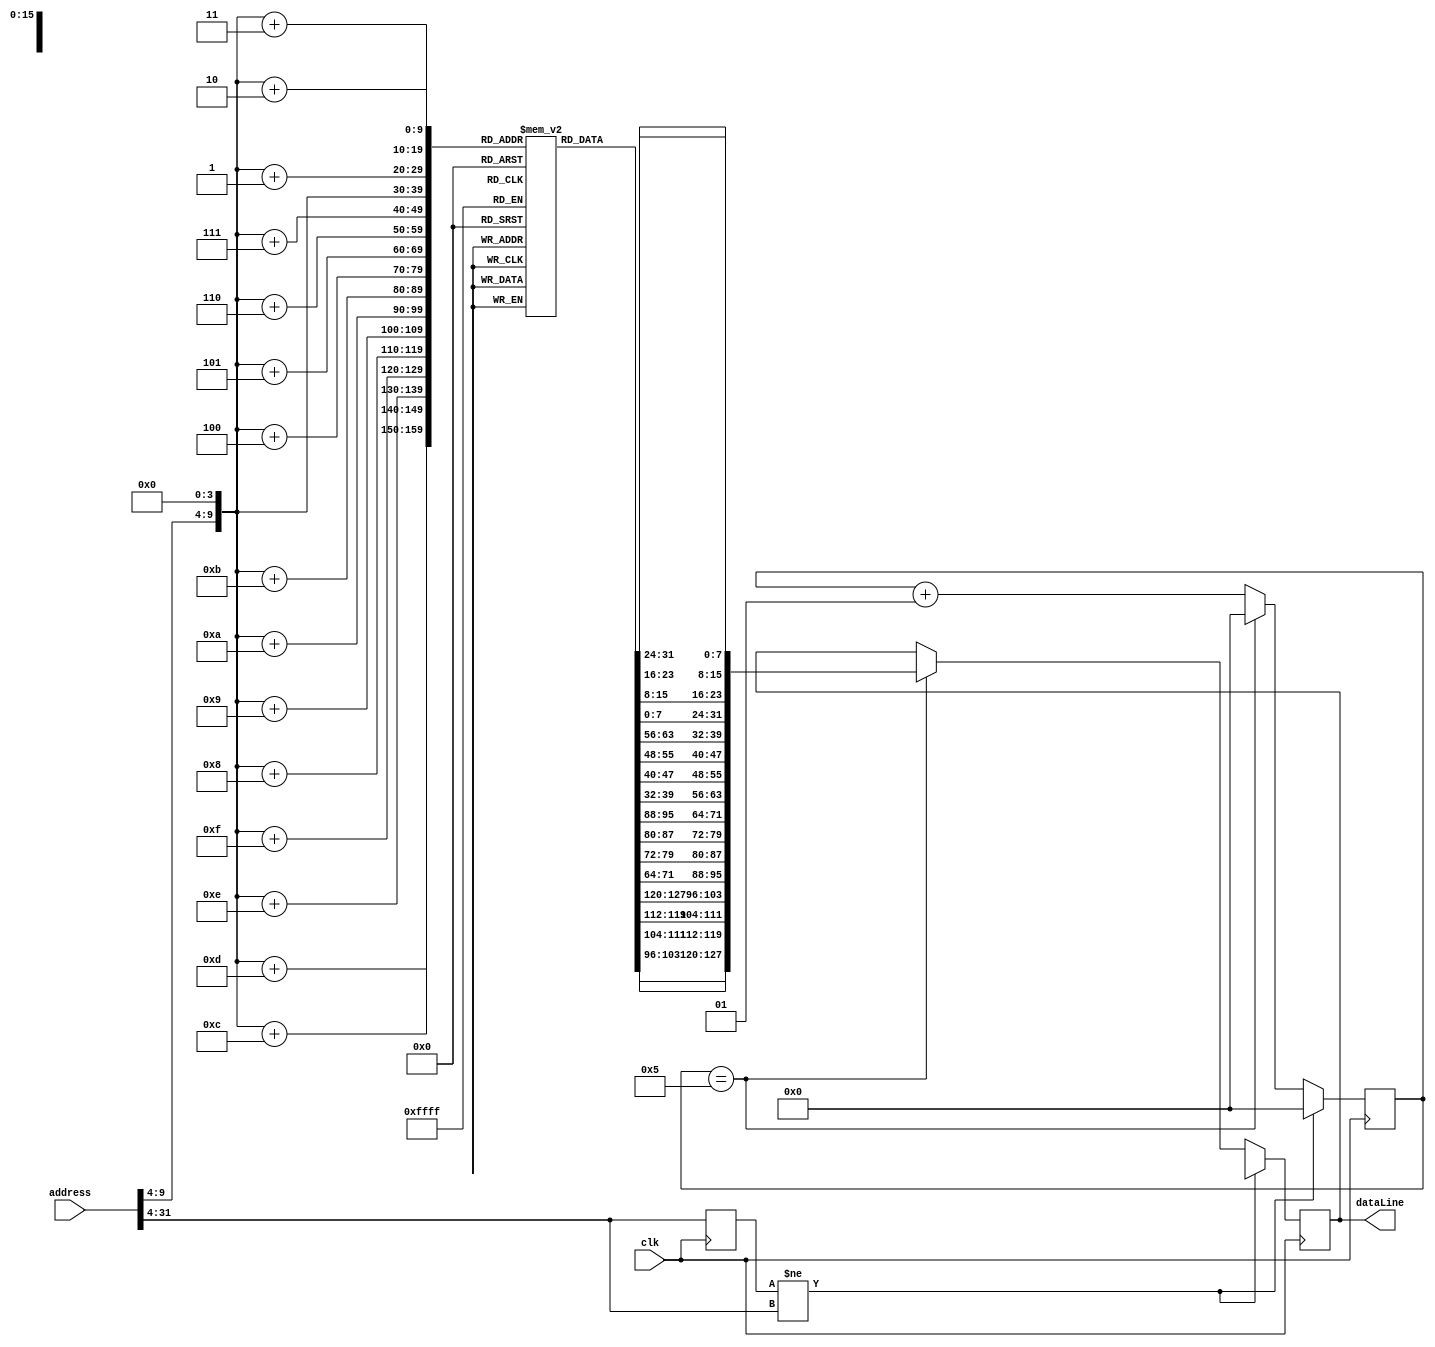
module InstructionMemory # (localparam SIZE = 32, localparam SIZE_OUT = 128, localparam SIZE_MEM = 1024)(
	input [SIZE-1:0] address,
	input clk,
	output reg [SIZE_OUT-1:0]dataLine
	);
	

    // memory intialization
   reg [7:0] memory [0:SIZE_MEM-1];
	integer i;
	initial begin	
		for (i=0 ; i<SIZE_MEM ; i=i+1)
		begin
			memory[i] = 8'b11110000;
		end
	end
	 
	 
	 // instruction prepration
   integer count = 0;
	reg [SIZE-1:0] addrMem;
	reg [SIZE-5:0] check;
	
	always @(posedge clk) 
	begin
		// first check if we have the same address
		if(check!=address[SIZE-1:4]) 
		begin
			$display("Error in instruction memory dataLine");
			dataLine = 128'bX; // mark as invalid
			count = 0; // reset counter
			check = address[SIZE-1:4];
		end
			
      // output dataLine if we're on the 5th continous clk
		else if(count == 5)
		begin	 
			 addrMem = {address[31:4] , 4'b0} ;
			 // concatinate data from memory => 16 * 8 bit = 128 bit
			 dataLine = {memory[addrMem+15],memory[addrMem+14],memory[addrMem+13],memory[addrMem+12],
							 memory[addrMem+11],memory[addrMem+10],memory[addrMem+9],memory[addrMem+8],
							 memory[addrMem+7],memory[addrMem+6],memory[addrMem+5],memory[addrMem+4],
							 memory[addrMem+3],memory[addrMem+2],memory[addrMem+1],memory[addrMem]} ;
			 count = 0; // reset counter
		end

		else
			count = count + 1;

		// save for next time
		check = address[31:4];
			
	end
	
endmodule